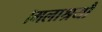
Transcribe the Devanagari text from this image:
।मलाश्रयौ